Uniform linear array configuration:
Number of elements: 16
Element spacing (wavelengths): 0.5
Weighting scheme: kaiser
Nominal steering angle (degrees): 60
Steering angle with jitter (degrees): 58.303
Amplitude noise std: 0.05
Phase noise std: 0.05

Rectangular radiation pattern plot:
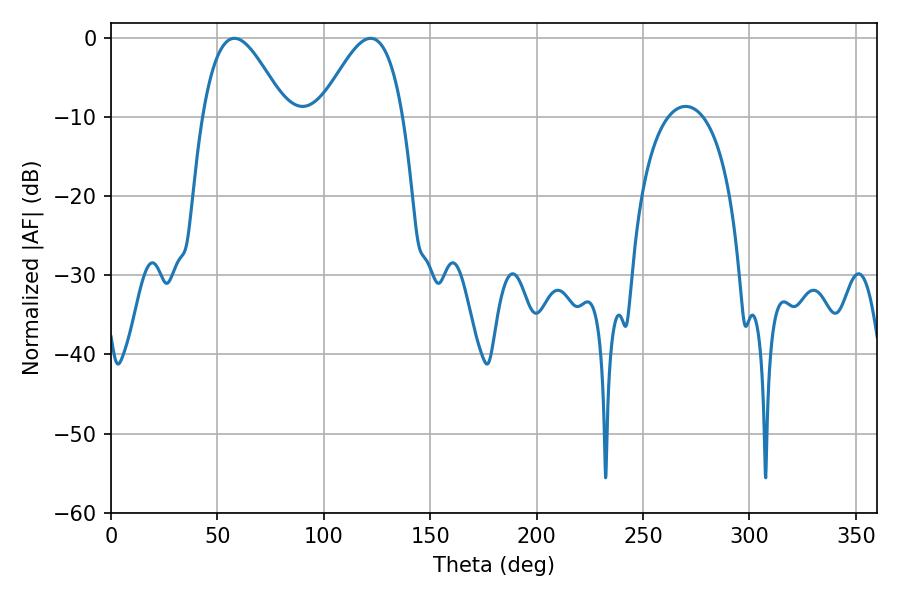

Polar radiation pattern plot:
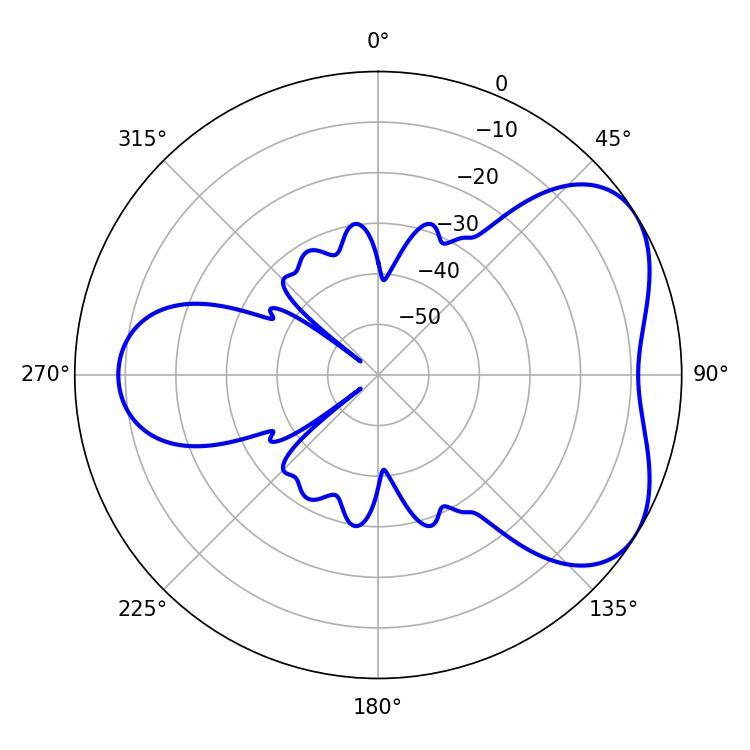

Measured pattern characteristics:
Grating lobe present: FALSE
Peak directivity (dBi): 4.799
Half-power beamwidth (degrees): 20.88
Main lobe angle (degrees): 57.96